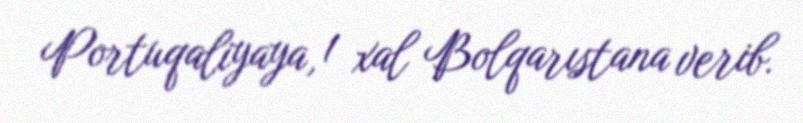
Portuqaliyaya, 1 xal Bolqarıstana verib.